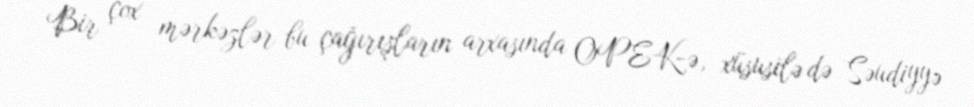
Bir çox mərkəzlər bu çağırışların arxasında OPEK-ə, xüsusilə də Səudiyyə